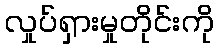
လှုပ်ရှားမှုတိုင်းကို